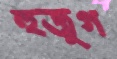
হুজুগ